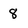
Character: 8